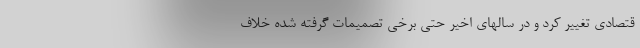
قتصادی تغییر کرد و در سالهای اخیر حتی برخی تصمیمات گرفته شده خلاف